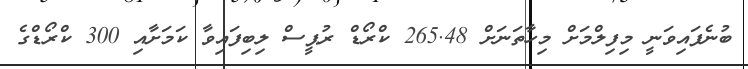
ބުނެފައިވަނީ މިފިލްމަށް މިހާތަނަށް 265.48 ކްރޯޑް ރުޕީސް ލިބިފައިވާ ކަމަށާއި 300 ކްރޯޑްގެ